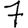
Digit: 7